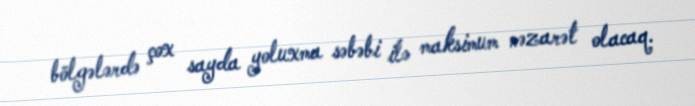
bölgələrdə çox sayda yoluxma səbəbi ilə maksimum nəzarət olacaq.